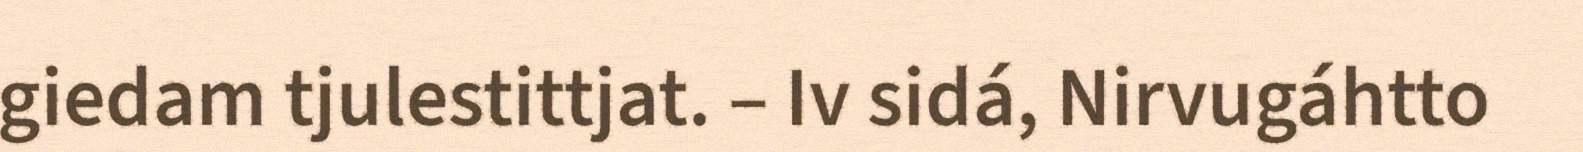
giedam tjulestittjat. – Iv sidá, Nirvugáhtto